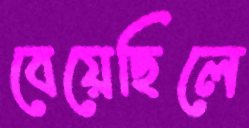
বেয়েছিলে